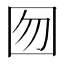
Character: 囫